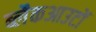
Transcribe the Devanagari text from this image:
ब्लैकआउटों